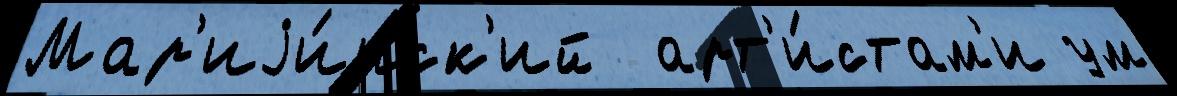
Мар'иjи́нск'ий  арт'и́стам'и ум